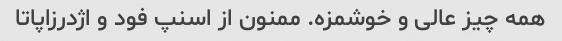
همه چیز عالی و خوشمزه. ممنون از اسنپ فود و اژدرزاپاتا